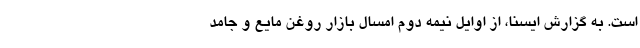
است. به گزارش ایسنا، از اوایل نیمه دوم امسال بازار روغن مایع و جامد